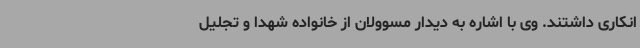
انکاری داشتند. وی با اشاره به دیدار مسوولان از خانواده شهدا و تجلیل